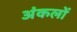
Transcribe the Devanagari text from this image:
अंकलों